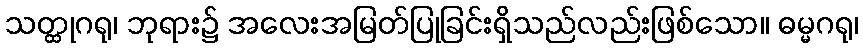
သတ္ထုဂရု၊ ဘုရား၌ အလေးအမြတ်ပြုခြင်းရှိသည်လည်းဖြစ်သော။ ဓမ္မဂရု၊